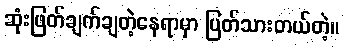
ဆုံးဖြတ်ချက်ချတဲ့နေရာမှာ ပြတ်သားတယ်တဲ့။